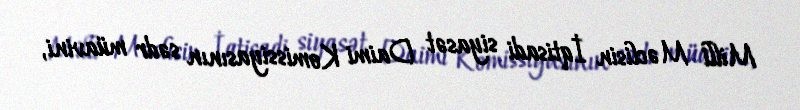
Milli Məclisin İqtisadi siyasət Daimi Komissiyasının sədr müavini,